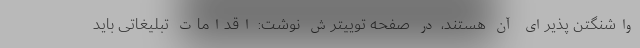
واشنگتن پذیرای آن هستند، در صفحه توییترش نوشت: اقدامات تبلیغاتی باید